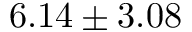
6 . 1 4 \pm 3 . 0 8